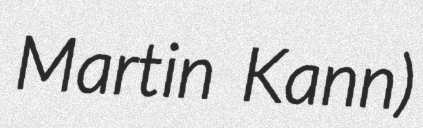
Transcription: Martin Kann)